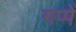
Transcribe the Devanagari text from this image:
गप्पें